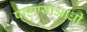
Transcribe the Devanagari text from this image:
पाहण्याआधी